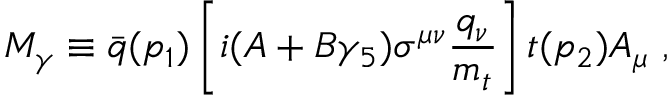
M _ { \gamma } \equiv \bar { q } ( p _ { 1 } ) \left[ i ( A + B \gamma _ { 5 } ) \sigma ^ { \mu \nu } \frac { q _ { \nu } } { m _ { t } } \right] t ( p _ { 2 } ) A _ { \mu } \ ,